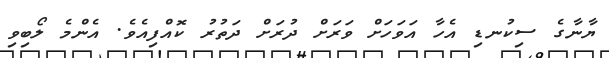
ޔާނާގެ ސިކުނޑި އެހާ އަވަހަށް ވަރަށް ދުރަށް ދަތުރު ކޮއްފިއެވެ. އެންމެ ލޯބިވި